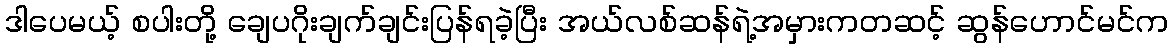
ဒါပေမယ့် စပါးတို့ ချေပဂိုးချက်ချင်းပြန်ရခဲ့ပြီး အယ်လစ်ဆန်ရဲ့အမှားကတဆင့် ဆွန်ဟောင်မင်က